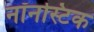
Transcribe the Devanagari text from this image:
नॉनस्टिक